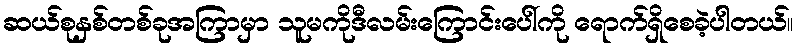
ဆယ်စုနှစ်တစ်ခုအကြာမှာ သူမကိုဒီလမ်းကြောင်းပေါ်ကို ရောက်ရှိစေခဲ့ပါတယ်။